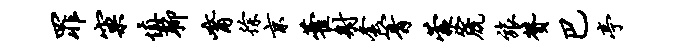
罪窠慎聊觜徐京藿射套箐蒙篪旅赞巴亭